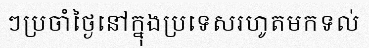
ៗប្រចាំថ្ងៃនៅក្នុងប្រទេសរហូតមកទល់